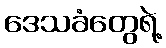
ဒေသခံတွေရဲ့